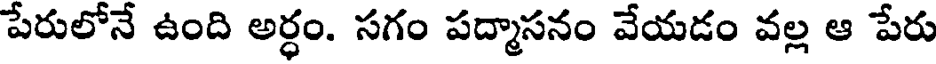
పేరులోనే ఉంది అర్ధం. సగం పద్మాసనం వేయడం వల్ల ఆ పేరు